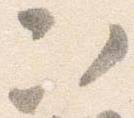
次